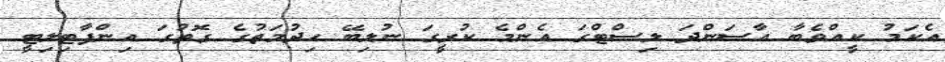
އެކަމު ކީއްވެބާ އާސަންދަ ލިސްޓްގަ އެންމެ ކުރީގަ ނުލިބޭ ހިދުމަތުގެ ގޮތުގަ އިންފާޓިލިޓީ